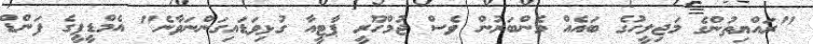
"ރައްޔިތުންގެ މަޖިލީހުގެ ބައެއް މެންބަރުން ވެސް ޖުމްހޫރީ ޕާޓީއާ ގުޅިވަޑައިގަންނަވާނެ" އެމްޑީޕީގެ ފަންޑް